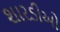
શારડીઓ